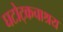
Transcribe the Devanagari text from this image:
घटोट्कचाश्रय